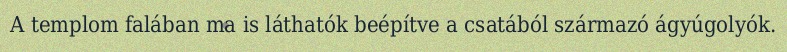
A templom falában ma is láthatók beépítve a csatából származó ágyúgolyók.